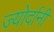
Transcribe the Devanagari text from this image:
ज्योर्दानी